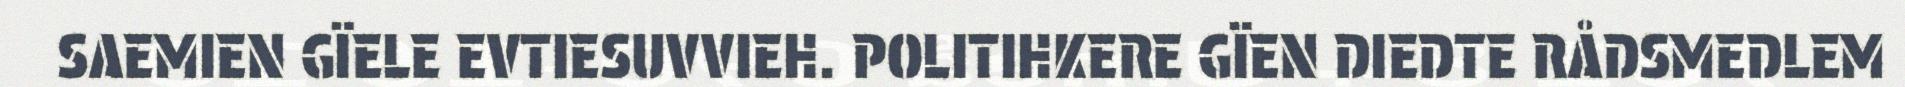
SAEMIEN GÏELE EVTIESUVVIEH. POLITIHKERE GÏEN DIEDTE RÅDSMEDLEM